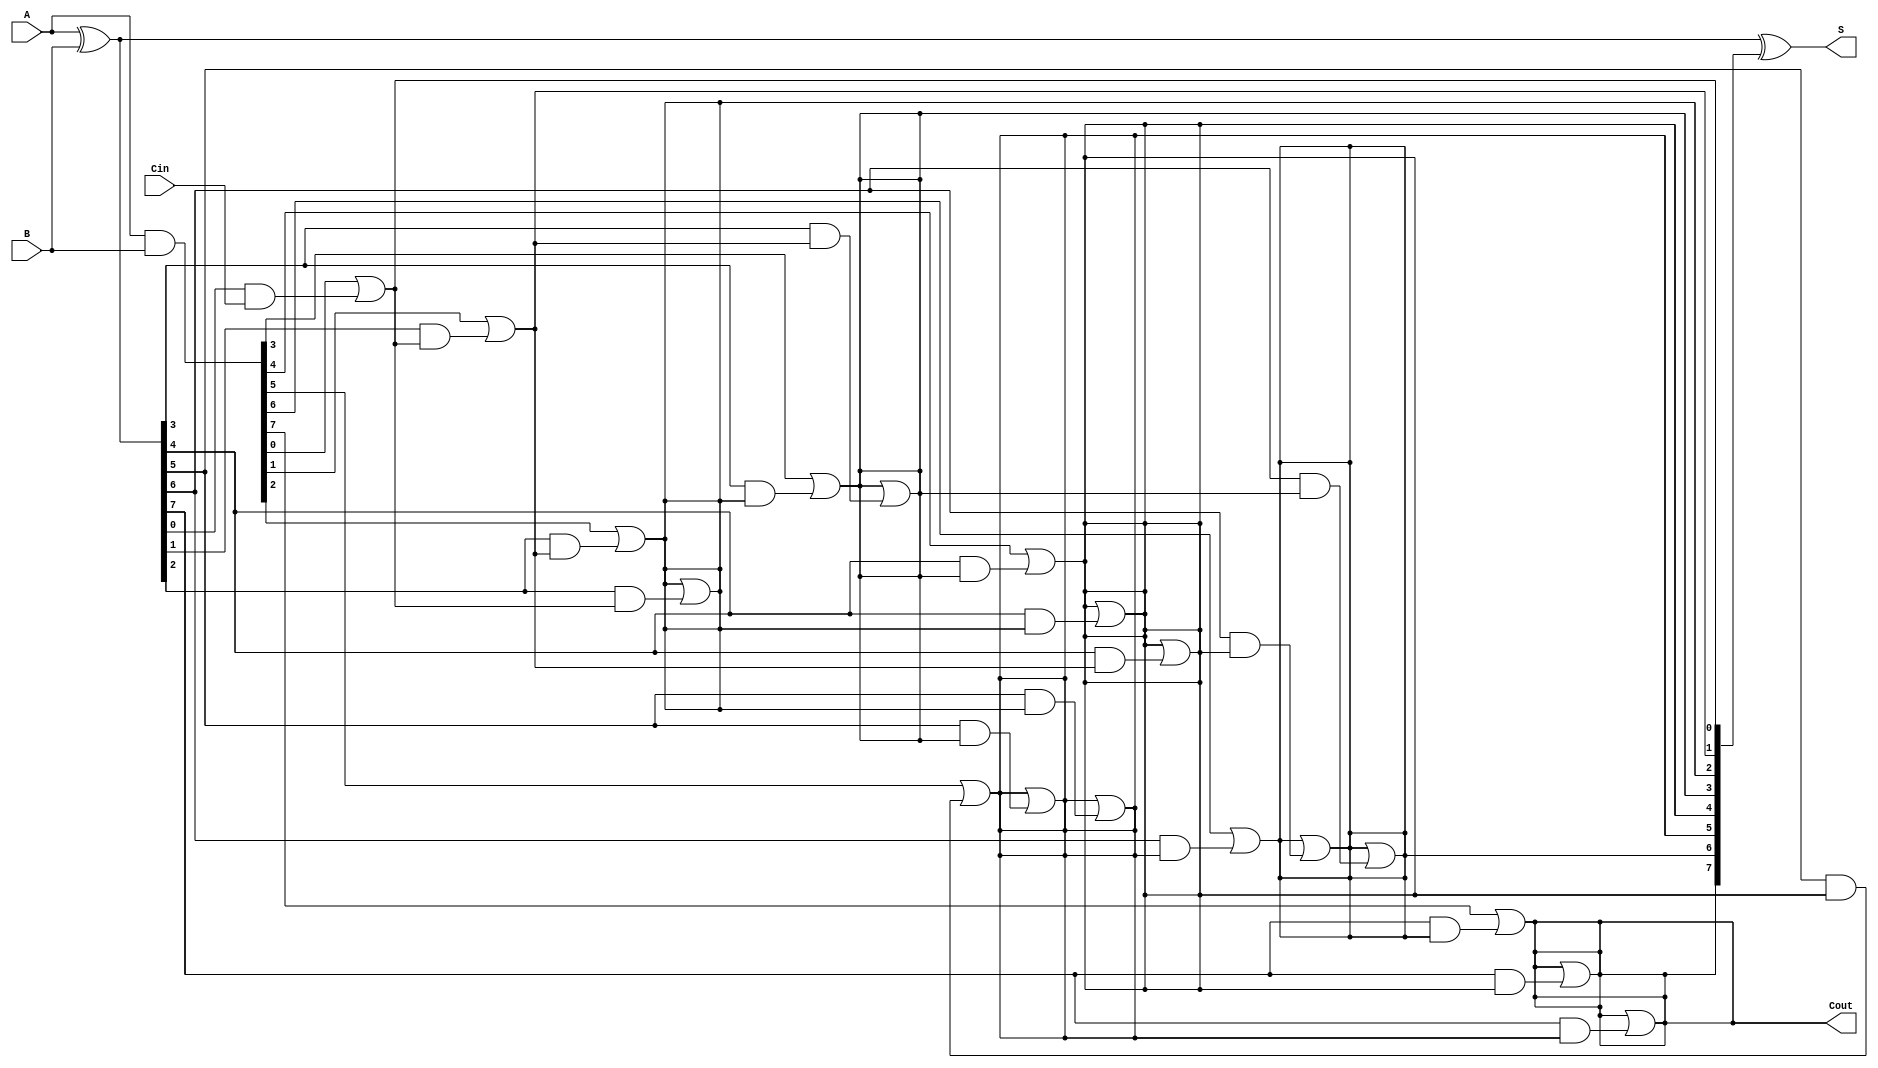
module KoggeStoneAdder #(parameter N = 8) (
    input [N-1:0] A,
    input [N-1:0] B,
    input Cin,
    output [N-1:0] S,
    output Cout
);

    // Generate and Propagate signals
    wire [N-1:0] G; // Generate signals
    wire [N-1:0] P; // Propagate signals
    wire [N:0] C;   // Carry signals

    // Generate and Propagate calculation
    assign G = A & B;       // Generate
    assign P = A ^ B;       // Propagate

    // Carry generation
    assign C[0] = Cin;      // Initial carry input

    genvar i, j, k;
    // Kogge-Stone carry generation stages
    generate
        // Stage 0 (initial stage)
        for (i = 0; i < N; i = i + 1) begin : stage0
            assign C[i+1] = G[i] | (P[i] & C[i]);
        end

        // Subsequent stages
        for (k = 1; k < $clog2(N+1); k = k + 1) begin : stages
            for (i = 0; i < N; i = i + 1) begin : carry_gen
                if (i >= (1 << k)) begin
                    assign C[i+1] = C[i+1] | (P[i] & C[i - (1 << (k-1))]);
                end
            end
        end
    endgenerate

    // Sum calculation
    assign S = P ^ C[N:1]; // Sum output
    assign Cout = C[N];    // Final carry out

endmodule